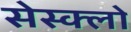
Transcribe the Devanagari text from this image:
सेस्क्लो